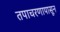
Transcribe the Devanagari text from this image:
तपाचरणापासून